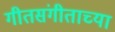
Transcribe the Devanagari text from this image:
गीतसंगीताच्या